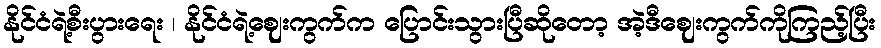
နိုင်ငံရဲ့စီးပွားရေး ၊ နိုင်ငံရဲ့ဈေးကွက်က ပြောင်းသွားပြီဆိုတော့ အဲ့ဒီဈေးကွက်ကိုကြည့်ပြီး